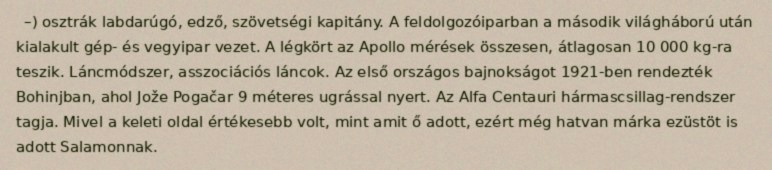
–) osztrák labdarúgó, edző, szövetségi kapitány. A feldolgozóiparban a második világháború után kialakult gép- és vegyipar vezet. A légkört az Apollo mérések összesen, átlagosan 10 000 kg-ra teszik. Láncmódszer, asszociációs láncok. Az első országos bajnokságot 1921-ben rendezték Bohinjban, ahol Jože Pogačar 9 méteres ugrással nyert. Az Alfa Centauri hármascsillag-rendszer tagja. Mivel a keleti oldal értékesebb volt, mint amit ő adott, ezért még hatvan márka ezüstöt is adott Salamonnak.